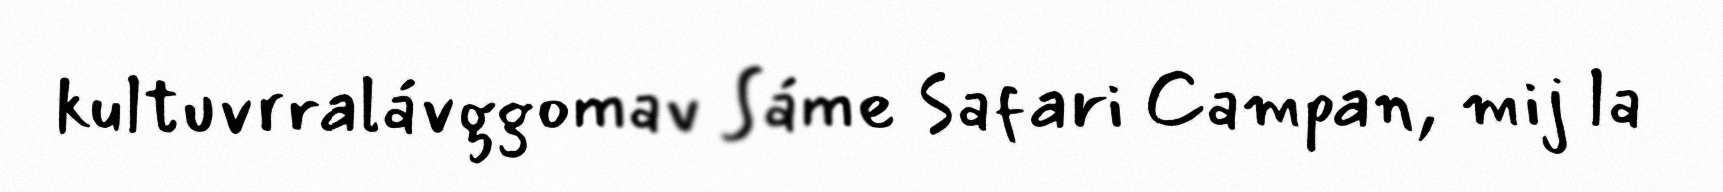
kultuvrralávggomav Sáme Safari Campan, mij la